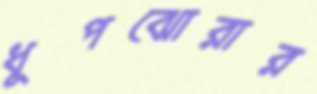
ধূপঝোরার